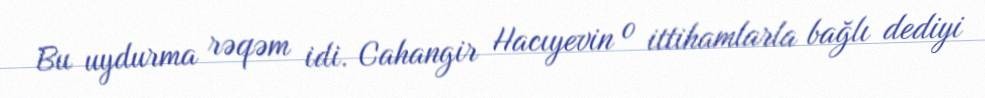
Bu uydurma rəqəm idi. Cahangir Hacıyevin o ittihamlarla bağlı dediyi